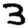
Digit: 3